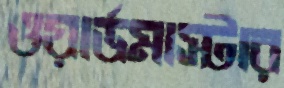
ওয়ার্ডমাস্টার